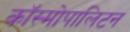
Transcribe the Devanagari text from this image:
कॉस्मोपालिटन